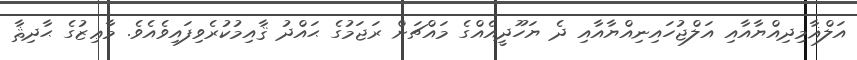
އަލްޣާމިދިއްޔާއާއި އަލްޖުހައިނިއްޔާއާއި ދެ ޔަހޫދީއެއްގެ މައްޗަށް ރަޖަމުގެ ޙައްދު ޤާއިމުކުރެވިފައިވެއެވެ. މާޢިޒުގެ ޙާދިޘާ